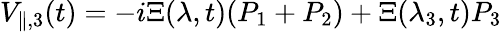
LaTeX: V_{\parallel,3}(t)=-i\Xi(\lambda,t)(P_{1}+P_{2})+\Xi(\lambda_{3},t)P_{3}